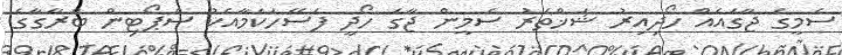
ސެމީގެ ޖާގައެއް ހޯދިއިރު ޝަޚްތަރު ސެމީން ޖާގަ ހޯދީ ފަސޭހަކަމާއެކު ސްޕޯޓިން ބްރާގާގެ